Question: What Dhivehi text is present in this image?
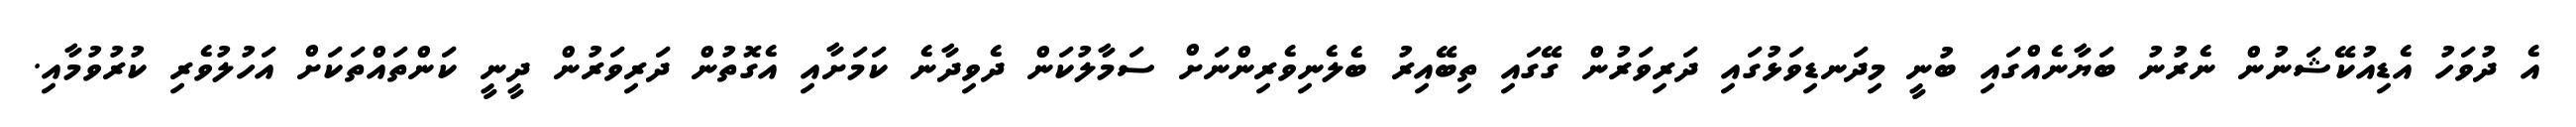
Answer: އެ ދުވަހު އެޑިއުކޭޝަނުން ނެރުނު ބަޔާނެއްގައި ބުނީ މިދަނޑިވަޅުގައި ދަރިވަރުން ގޭގައި ތިބޭއިރު ބެލެނިވެރިންނަށް ސަމާލުކަން ދެވިދާނެ ކަމަށާއި އެގޮތުން ދަރިވަރުން ދީނީ ކަންތައްތަކަށް އަހުލުވެރި ކުރުވުމާއި.